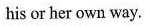
his or her own way.